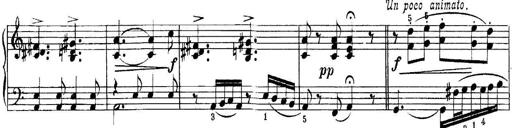
Title: Quatres sonatines
Composer: Tadeusz Joteyko